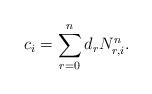
LaTeX: \begin{align*} c_{i}=\sum_{r=0}^{n}d_{r}N_{r,i}^{n}.\end{align*}